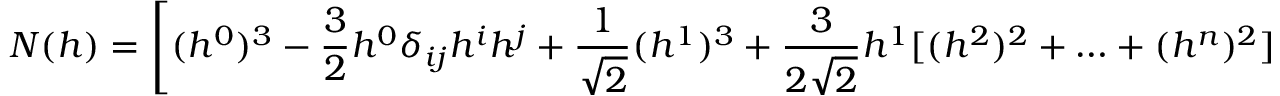
N ( h ) = \left[ ( h ^ { 0 } ) ^ { 3 } - \frac { 3 } { 2 } h ^ { 0 } \delta _ { i j } h ^ { i } h ^ { j } + \frac { 1 } { \sqrt { 2 } } ( h ^ { 1 } ) ^ { 3 } + \frac { 3 } { 2 \sqrt { 2 } } h ^ { 1 } [ ( h ^ { 2 } ) ^ { 2 } + \ldots + ( h ^ { n } ) ^ { 2 } ] \right] .